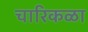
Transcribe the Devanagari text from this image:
चारिकळा